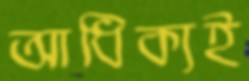
আধিক্যই